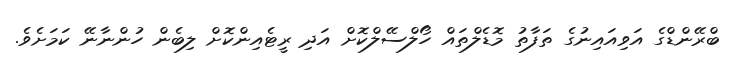
ބްރޭންޑްގެ އަވިއައިނުގެ ތަފާތު މޮޑެލްތައް ހޯލްސޭލްކޮށް އަދި ރީޓެއިންކޮށް ލިބެން ހުންނާނޭ ކަމަށެވެ.